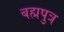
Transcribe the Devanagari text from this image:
बह्मपुत्र